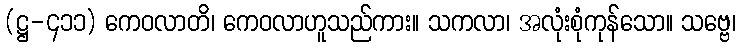
(ဋ္ဌ-၄၁၁) ကေဝလာတိ၊ ကေဝလာဟူသည်ကား။ သကလာ၊ အလုံးစုံကုန်သော။ သဗ္ဗေ၊